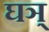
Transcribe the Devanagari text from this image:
घञ्‌